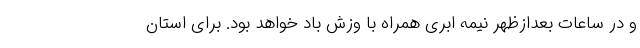
و در ساعات بعدازظهر نیمه ابری همراه با وزش باد خواهد بود. برای استان